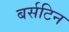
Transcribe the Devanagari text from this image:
बर्सटिन